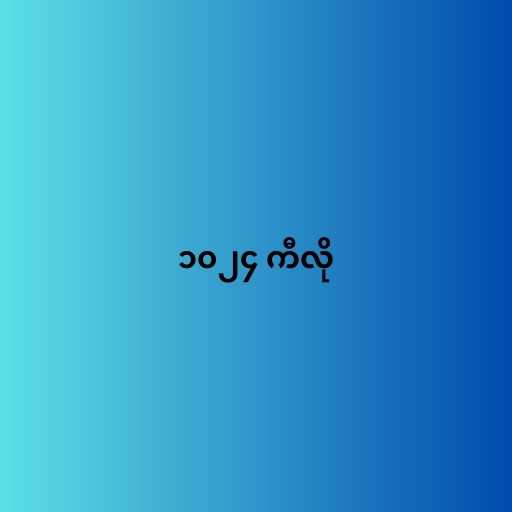
၁၀၂၄ ကီလို